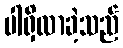
ပါရှိလာခဲ့သည်